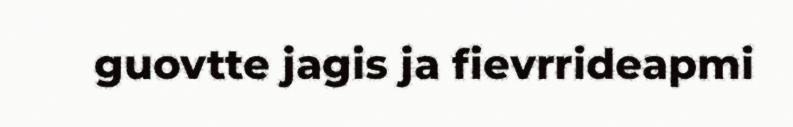
guovtte jagis ja fievrrideapmi